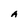
Character: A